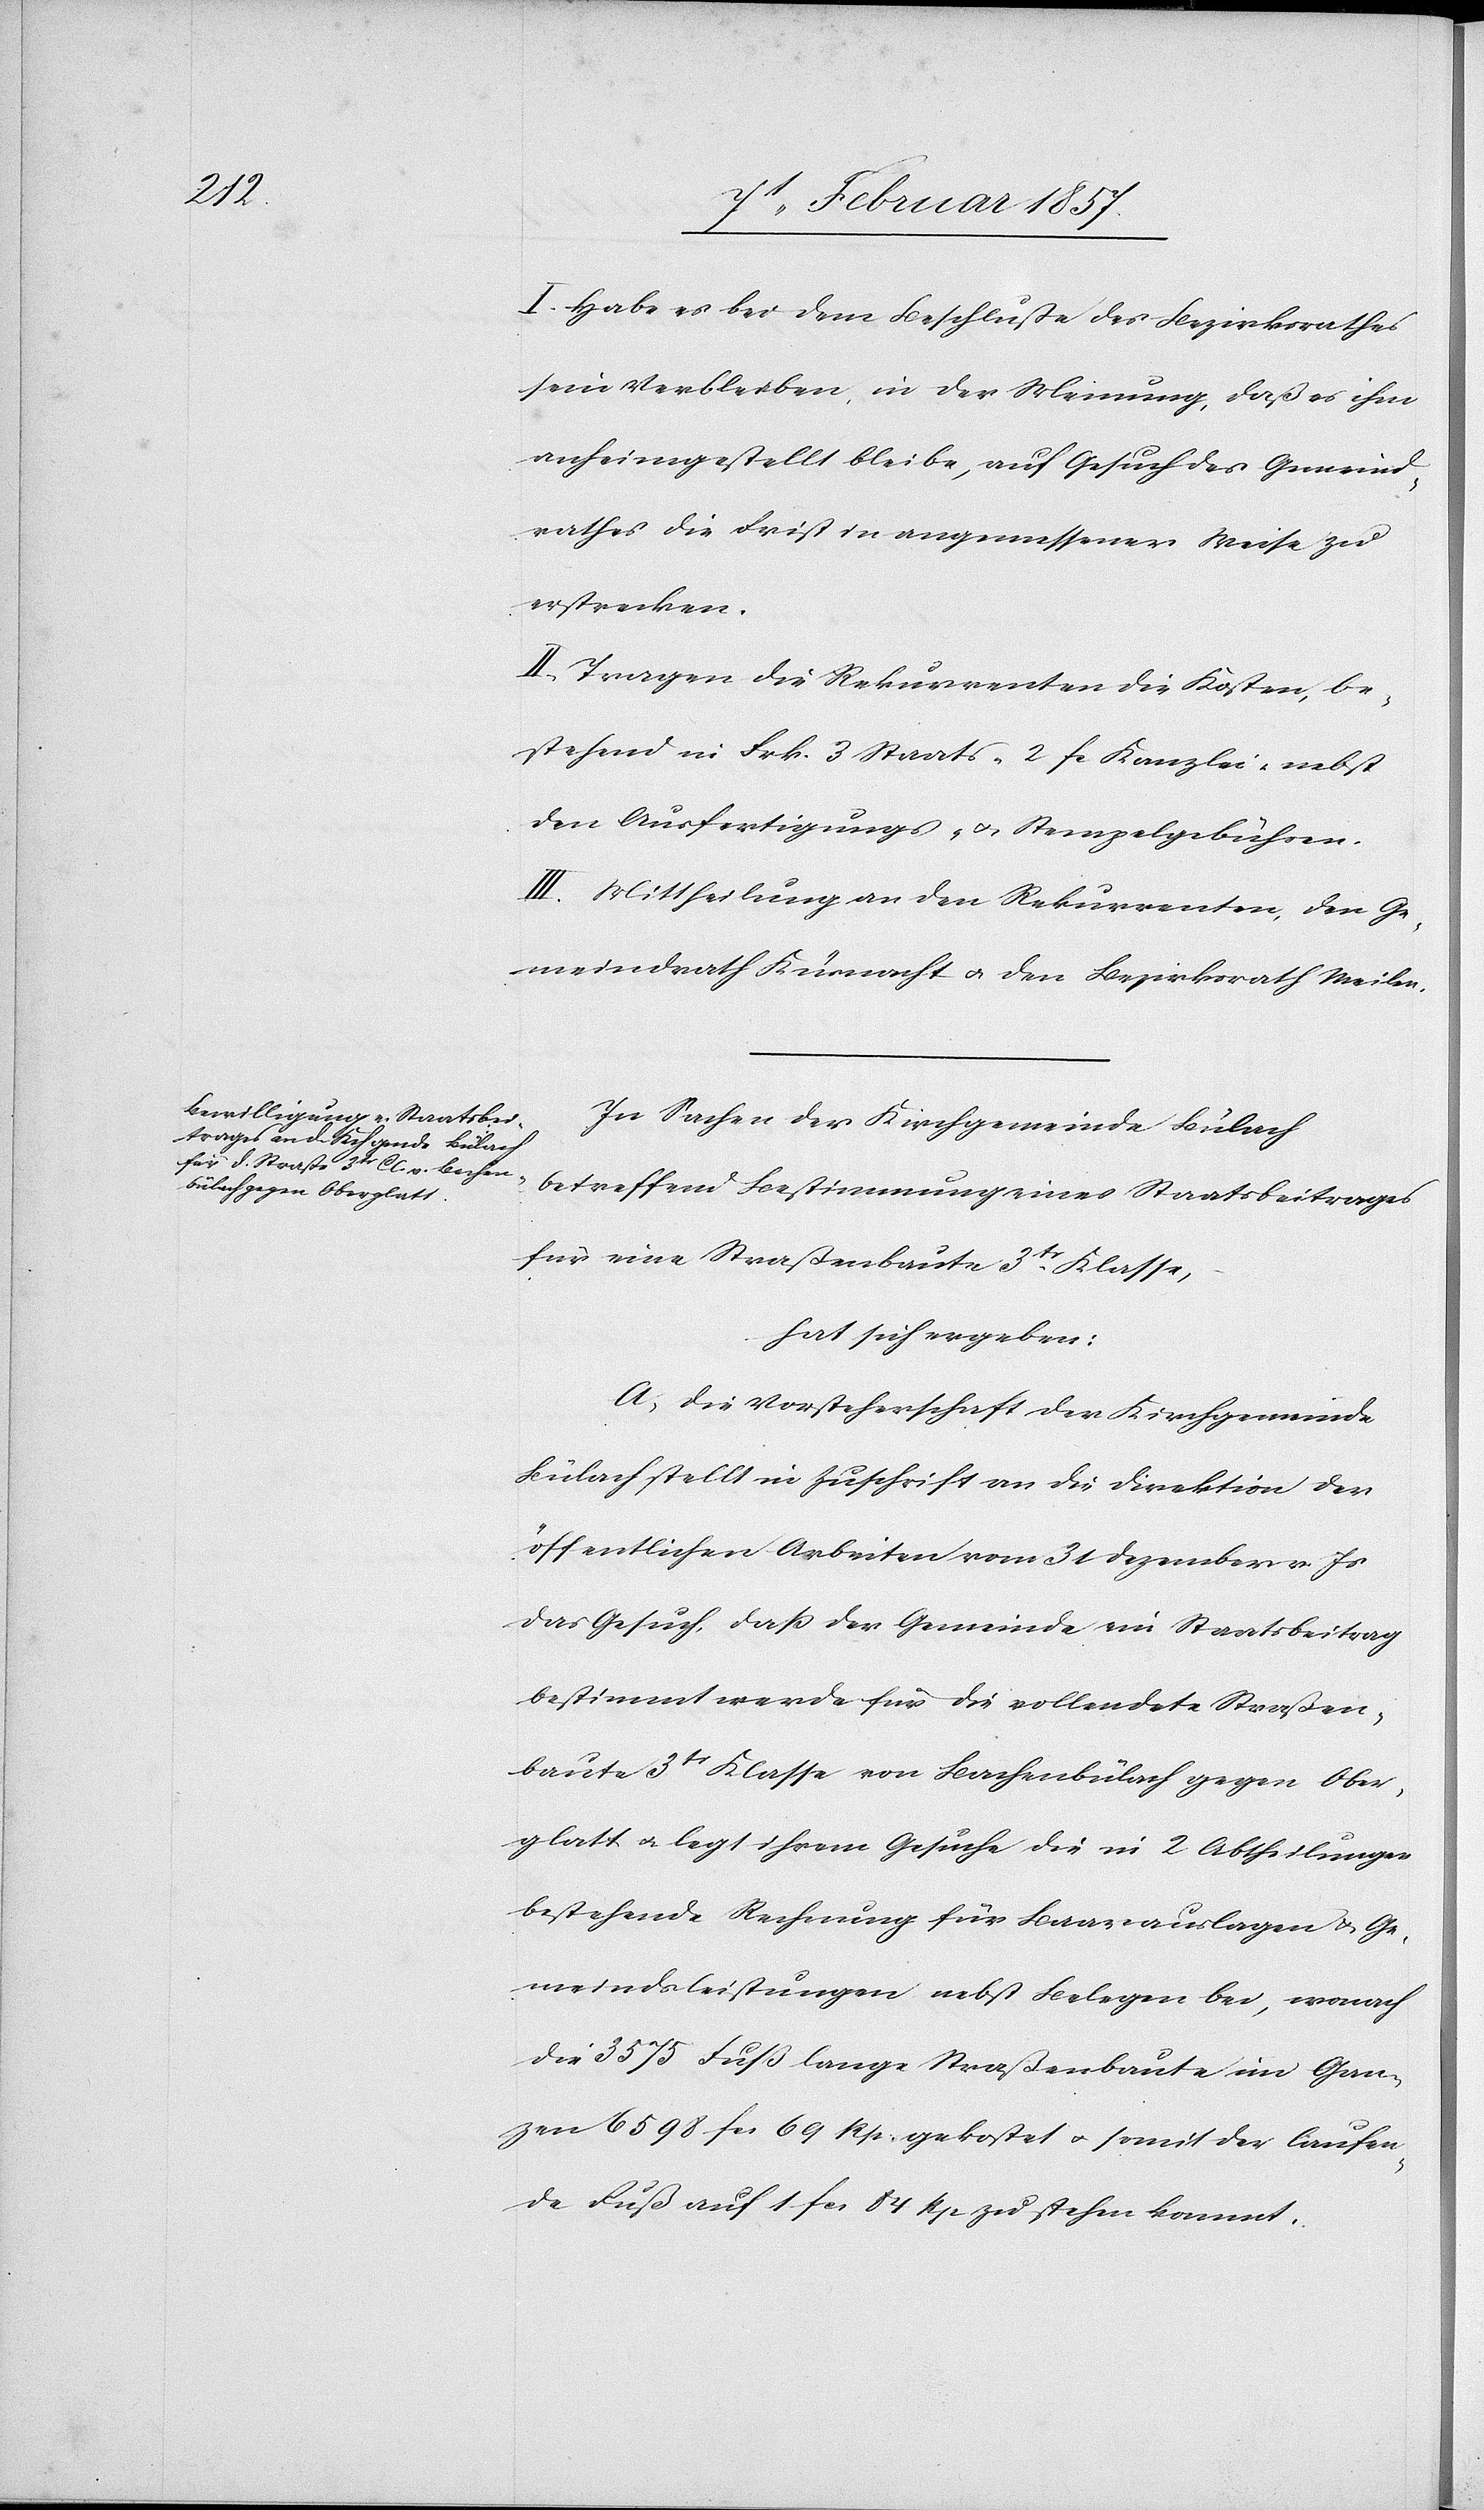
I. Habe es bei dem Beschlusse des Bezirksrathes
sein Verbleiben, in der Meinung, daß es ihm
anheimgestellt bleibe, auf Gesuch des Gemeind¬
rathes die Frist in angemessener Weise zu
erstrecken.
II. Tragen die Rekurrenten die Kosten, be¬
stehend in Frk. 3 Staats-[,] 2 fr Kanzlei[-], nebst
den Ausfertigungs- u. Stempelgebühren.
III. Mittheilung an den Rekurrenten, den Ge¬
meindrath Küsnacht u. den Bezirksrath Meilen.
In Sachen der Kirchgemeinde Bülach
betreffend Bestimmung eines Staatsbeitrages
für eine Straßenbaute 3tr Klasse,
hat sich ergeben:
A. Die Vorsteherschaft der Kirchgemeinde
Bülach stellt in Zuschrift an die Direktion der
öffentlichen Arbeiten vom 3t Dezember v. Js
das Gesuch, daß der Gemeinde ein Staatsbeitrag
bestimmt werde für die vollendete Straßen¬
baute 3tr Klasse von Bachenbülach gegen Ober¬
glatt u. legt ihrem Gesuche die in 2 Abtheilungen
bestehende Rechnung für Baarauslagen & Ge¬
meindsleistungen nebst Belegen bei, wonach
die 3575 Fuß lange Straßenbaute im Gan¬
zen 6598 fr 69 Rp. gekostet u. somit der laufen¬
de Fuß auf 1 f 84 Rp zu stehen kommt.